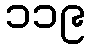
၁၁၉